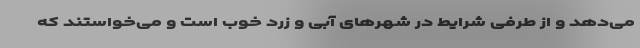
می‌دهد و از طرفی شرایط در شهرهای آبی و زرد خوب است و می‌‌خواستند که